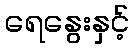
ရေနွေးနှင့်